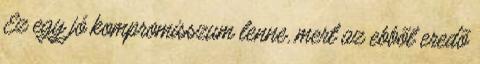
Ez egy jó kompromisszum lenne, mert az ebbõl eredõ